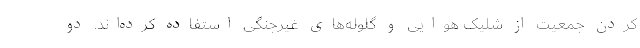
کردن جمعیت از شلیک هوایی و گلوله‌های غیرجنگی استفاده کرده‌اند. دو